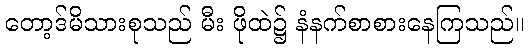
တော့ဒ်မိသားစုသည် မီး ဖိုထဲ၌ နံနက်စာစားနေကြသည်။